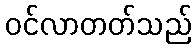
ဝင်လာတတ်သည်